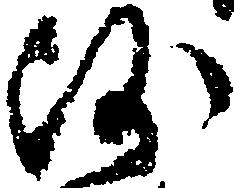
沙